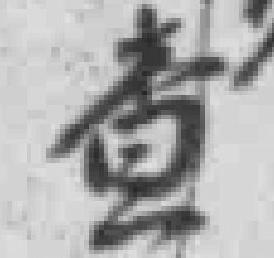
查